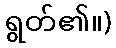
ရွတ်၏။)